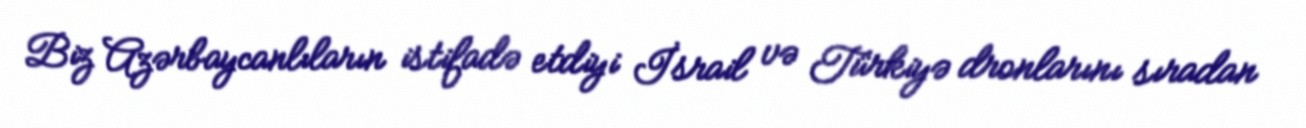
Biz Azərbaycanlıların istifadə etdiyi İsrail və Türkiyə dronlarını sıradan